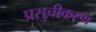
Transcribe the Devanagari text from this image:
प्रसुचीकरण